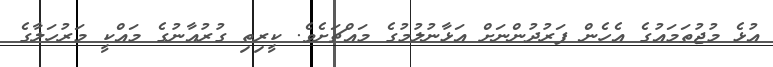
އުޅެ މުޖުތަމައުގެ އެހެން ފަރުދުންނަށް އަޅާނުލުމުގެ މައްޗަށެވެ. ކީރިތި ގުރުއާނުގެ މައްކީ މަރުހަލާގެ